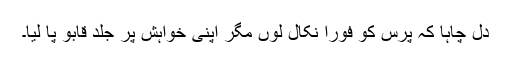
دل چاہا کہ پرس کو فوراً نکال لوں مگر اپنی خواہش پر جلد قابو پا لیا۔